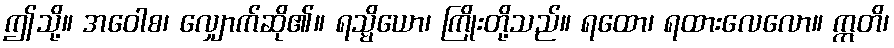
ဤသို့။ အဝေါစ၊ လျှောက်ဆို၏။ ရသ္မိယော၊ ကြိုးတို့သည်။ ရထော၊ ရထားလေလော။ ဣတိ၊